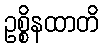
ဥစ္စိနထာတိ